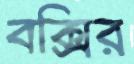
বক্সির